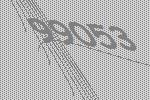
99053